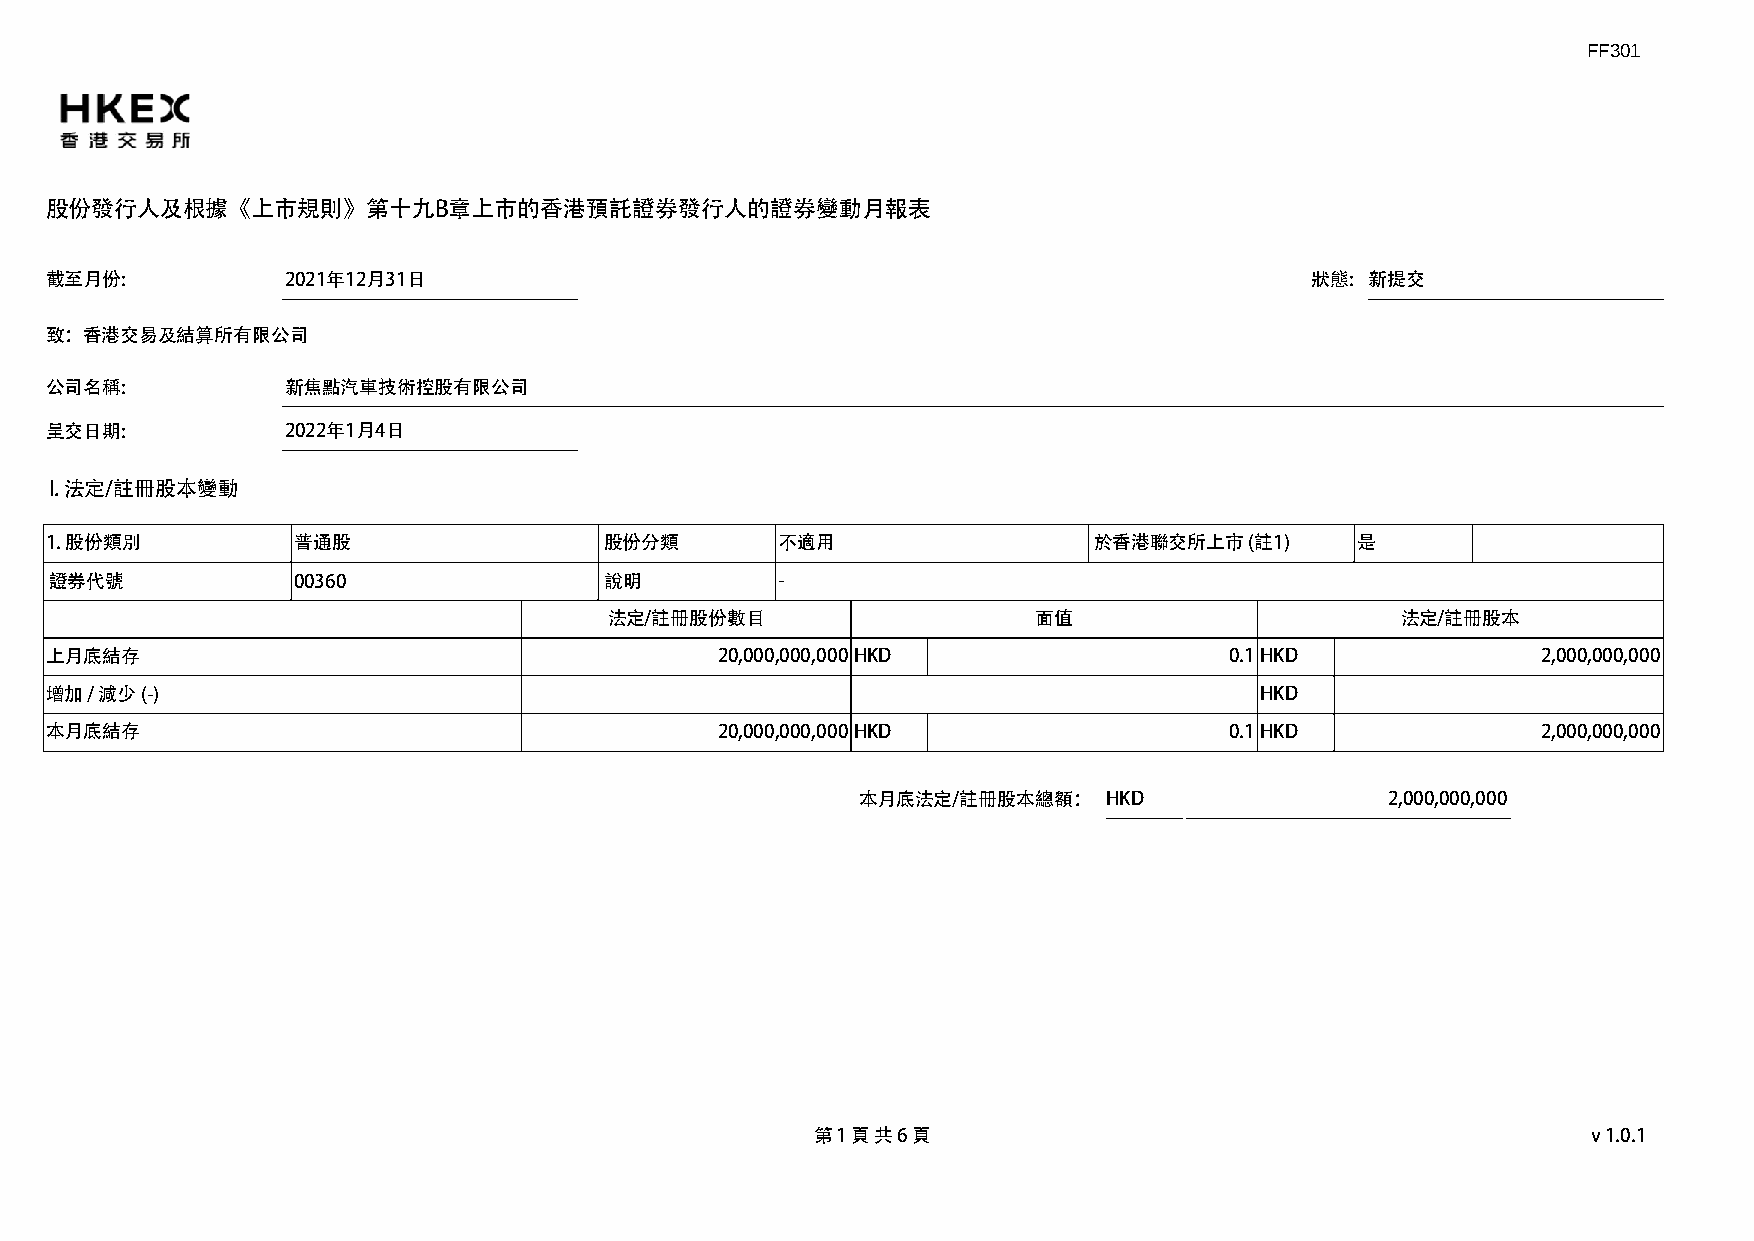
FF301
 股份發行人及根據《上市規則》第十九B章上市的香港預託證券發行人的證券變動月報表
 截至月份:           2021年12月31日                                                         狀態: 新提交
 致：香港交易及結算所有限公司
 公司名稱:           新焦點汽車技術控股有限公司
 呈交日期:           2022年1月4日
 I. 法定/註冊股本變動
 1. 股份類別         普通股                  股份分類        不適用                 於香港聯交所上市   (註1)   是
 證券代號            00360                說明          -
 法定/註冊股份數目                    面值                      法定/註冊股本
 上月底結存                                        20,000,000,000HKD                0.1HKD               2,000,000,000
 增加 / 減少 (-)                                                                     HKD
 本月底結存                                        20,000,000,000HKD                0.1HKD               2,000,000,000
 本月底法定/註冊股本總額：   HKD                2,000,000,000
 第 1 頁 共 6 頁                                        v1.0.1